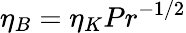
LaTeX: \eta_{B}=\eta_{K}Pr^{-1/2}